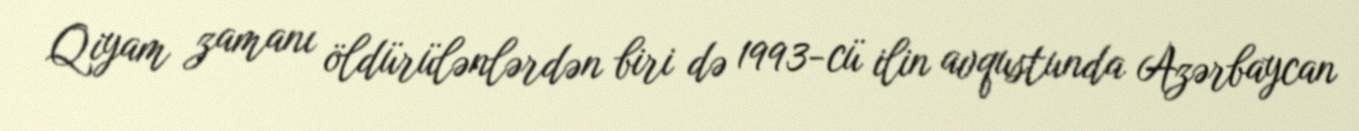
Qiyam zamanı öldürülənlərdən biri də 1993-cü ilin avqustunda Azərbaycan